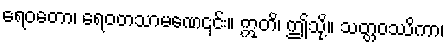
ရေဝတော၊ ရေဝတသာမဏေ၎င်း။ ဣတိ၊ ဤသို့။ သတ္တဝဿိကာ၊